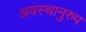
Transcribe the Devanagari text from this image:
अवस्थानुरुप